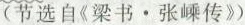
(节选自《梁书 \cdot 张嵊传》)